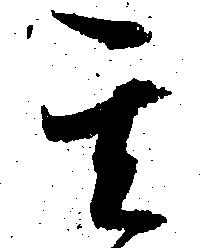
其